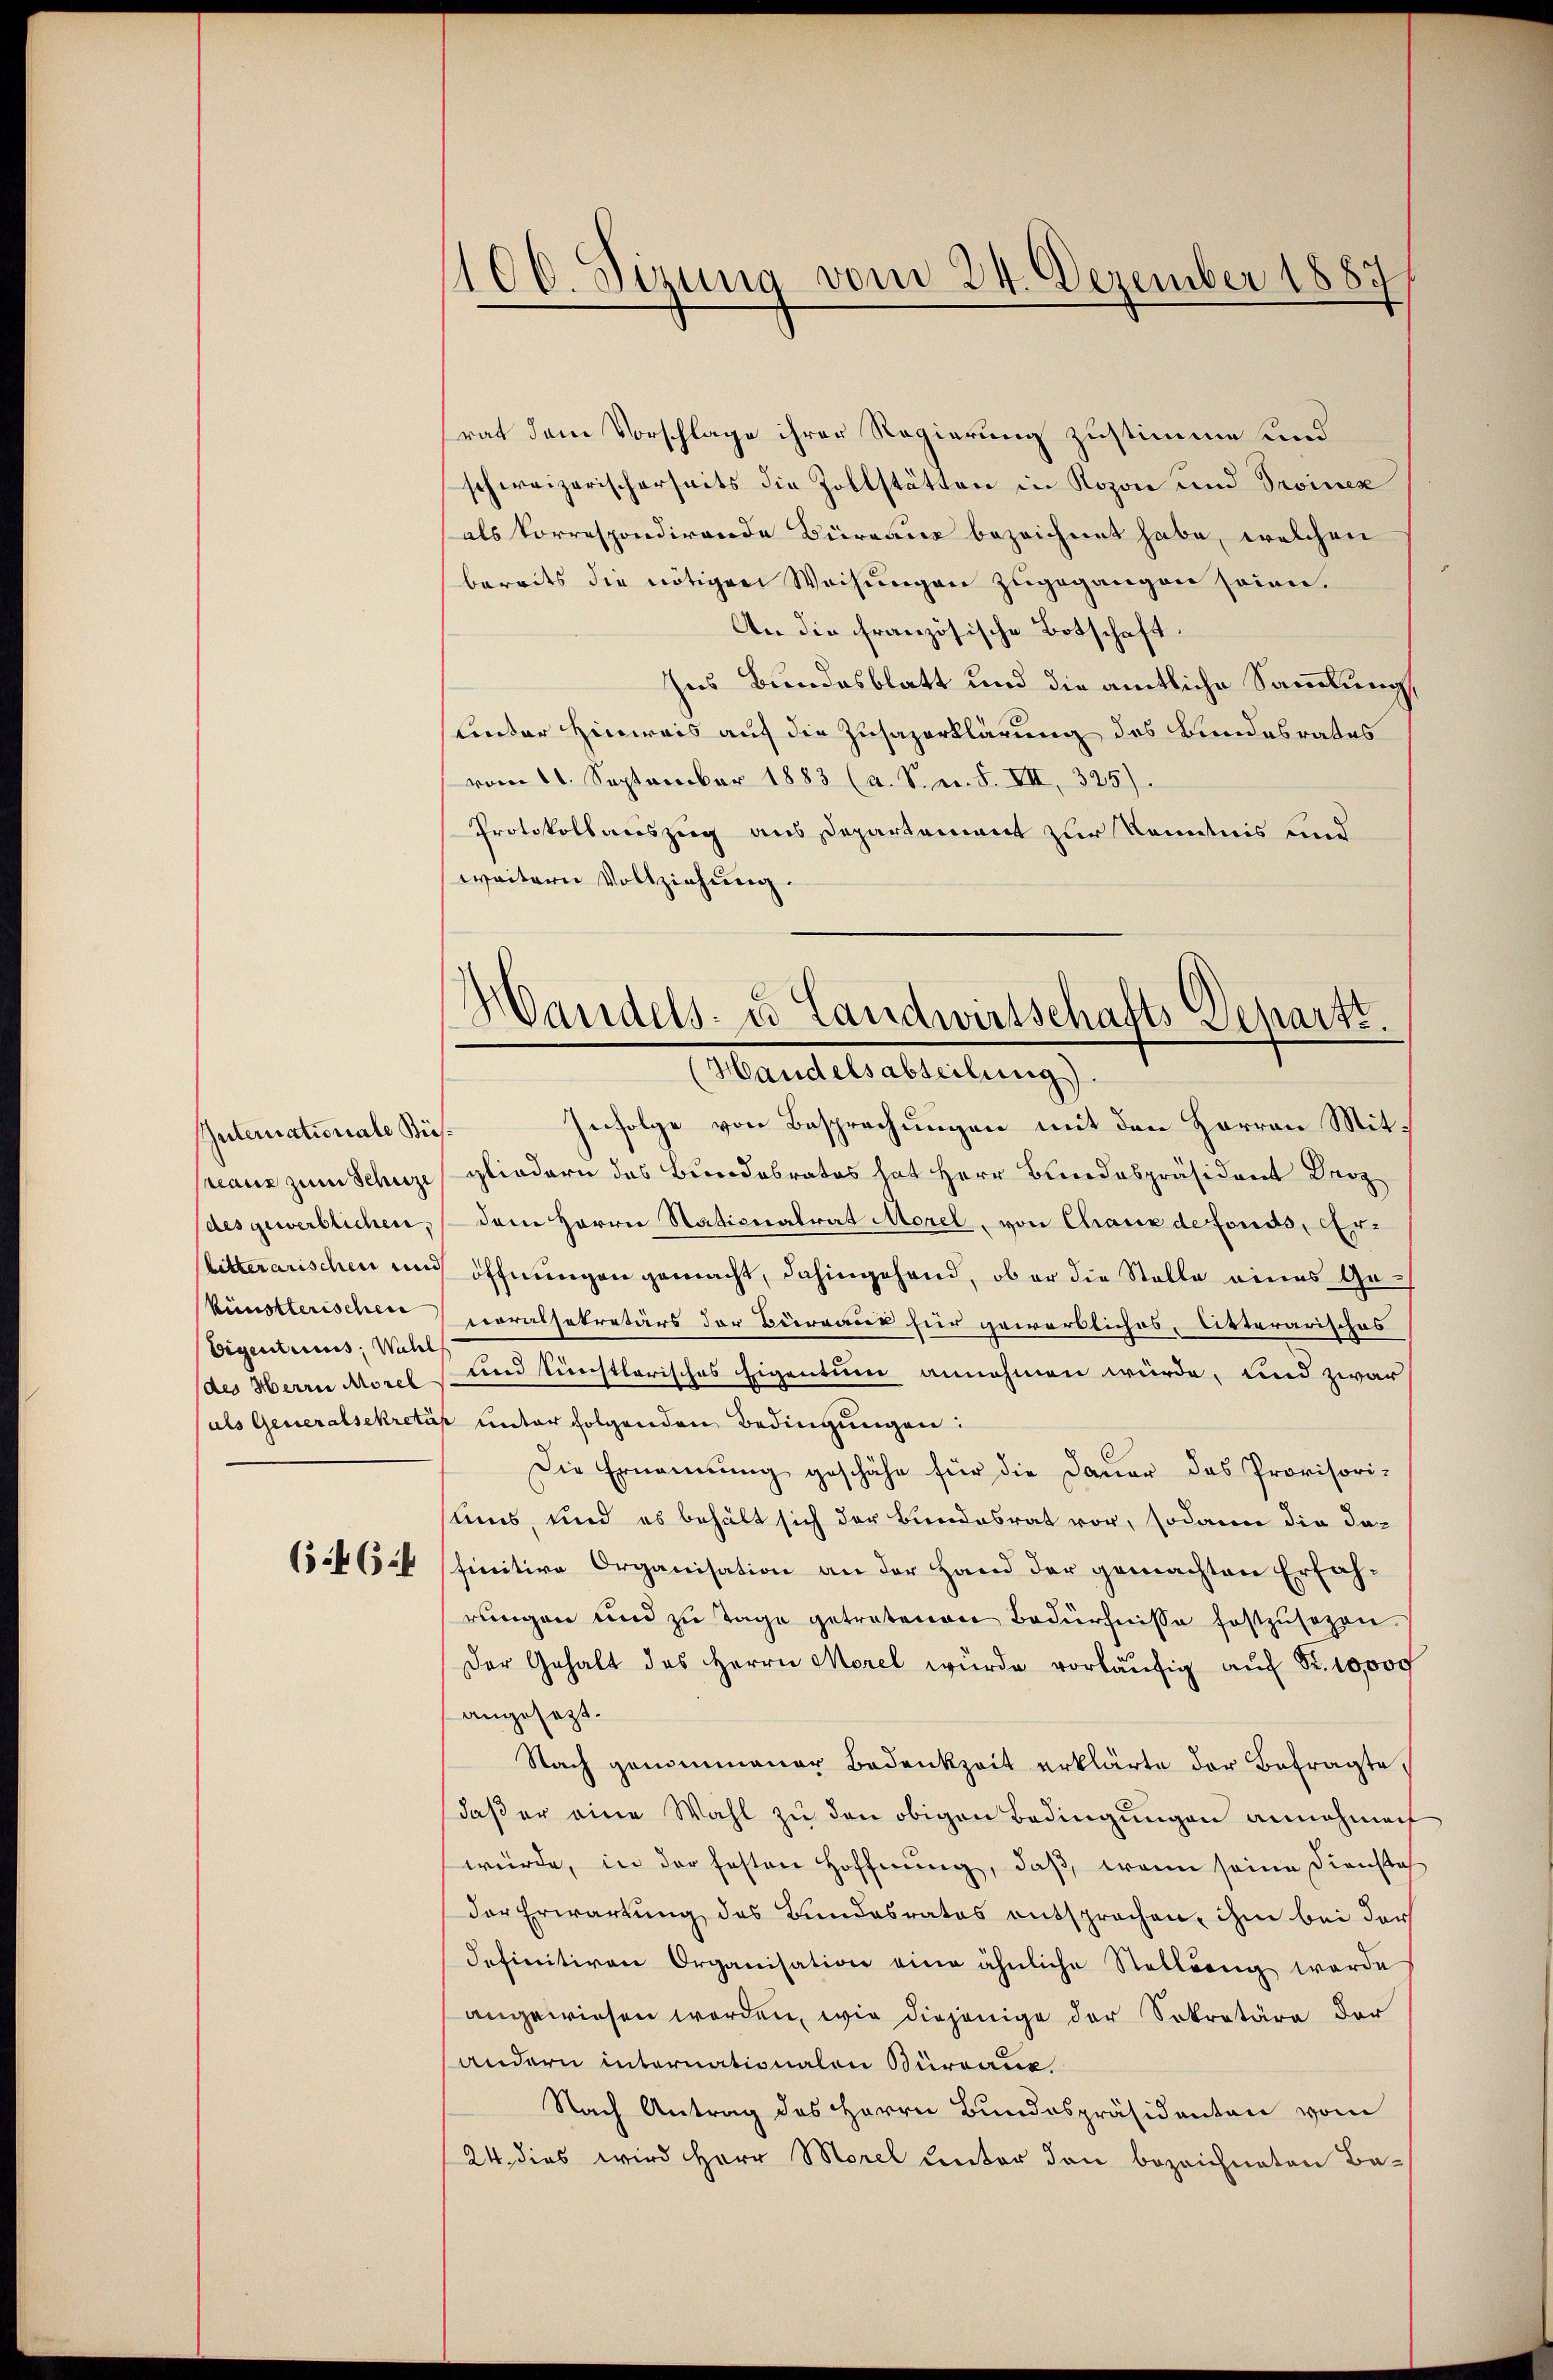
Internationale Biesreaus zum Schutze
des gewerblichen.
künstlerischen
Eigentricus, Wahl
(des Herrn Morel

(46:

100. Sizung vom 24. Dezember 1887

h
andels- u Landwirtschafts Depart.
Mandelsabteilungs

rat dem Vorschlage ihrer Regierung zustimme und
schweizerischerseits die Zollstätten in Rozon und Proinex
als korrespondirende Büreaus bezeichnet habe, welchen
bereits die nötigen Wechungen zugegangen seien.
An die französische Botschaft.
Ins Bundesblatt und die amtliche Sammlung,
unter Hinweis auf die Zusazerklärung des Bundesrates
vom 11. September 1883 (a. S. n. F. VII, 325).
Protokollauszug aus Departement zur Kenntnis und
weitern Vollziehung.
Infolge von Besprechungen mit den Herren Mitgliedern des Bundesrates hat Herr Bundespräsident Droz
dem Herrn Stationalrat Morel, von Chaux de fonds, Erlitterarischen und öffnungen gemacht, dahingehand, ob er die Stelle eines Ge¬
Coralsekretärs der Büreaus für gewerbliches, Arterarisches
und künstlerisches Eigentum annehmen würde, und zwar
(als Generalsekretär unter folgenden Bedingungen:
Die Ernennung geschähe für die Dauer das Provisori-
slins, und es behält sich der Bundesrat vor, sodann die dafinitive Organisation an der Hand der gemachten Erfahrungen und zu Tage getretenen Bedürfnisse festzusehen.
Der Gehalt des Herrn Morel würde vorläŭfig aŭf Fr. 10,000
angesezt.
Nach genommener Bedenkzeit erklärte der Befragte,
daβ er eine Wahl zu den obigen Bedingungen annehmen
würde, in der festen Hoffnung, daß, wenn seine Dienstal
der Erwartung des Bundesrates entsprochen, ihm bei der
Iefinitiven Organisation eine ähnliche Stellung werde
angewiesen worden, wie diejenige der Sekretäre der
andern internationalen Büreaus
Nach Antrag des Herrn Bundespräsidenten vom
(24. dies wird Herr Morel unter den bezeichneten Be¬